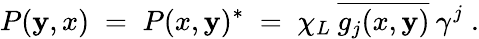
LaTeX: P(\mathbf{y},x)\; =\; P(x,\mathbf{y})^{*}\; =\; \chi_{L}\: \overline{{{{g_{j}(x,\mathbf{y})}}}}\: \gamma^{j}\; .